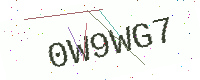
Text: 0W9WG7